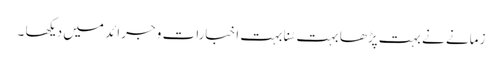
زمانے نے بہت پڑھا بہت سُنا بہت اخبارات و جرائد میں دیکھا ۔